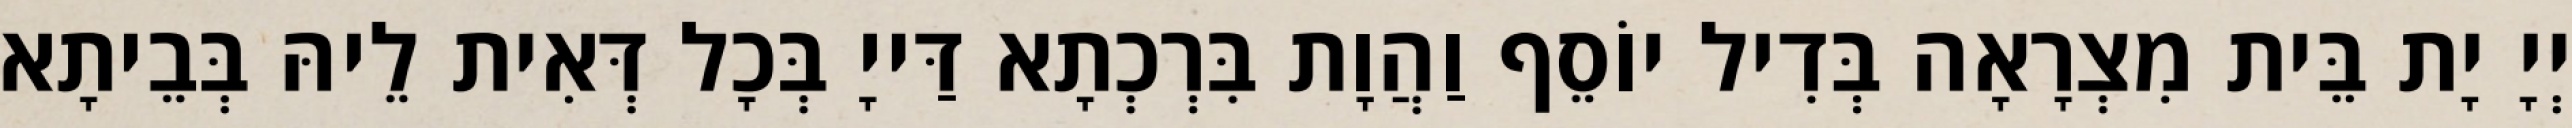
יְיָ יָת בֵּית מִצְרָאָה בְּדִיל יוֹסֵף וַהֲוָת בִּרְכְתָא דַּייָ בְּכָל דְּאִית לֵיהּ בְּבֵיתָא